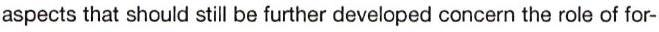
aspects that should still be further developed concern the role of for-